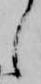
し